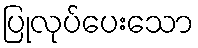
ပြုလုပ်ပေးသော